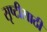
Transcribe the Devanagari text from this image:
सृष्टीसाठी